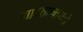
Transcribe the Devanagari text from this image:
गावठाणामधे